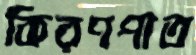
কিরণপাত